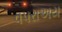
વપરાઅય